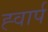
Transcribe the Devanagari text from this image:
ह्वार्प